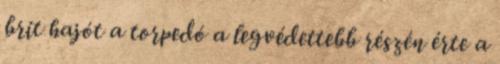
brit hajót a torpedó a legvédettebb részén érte a